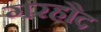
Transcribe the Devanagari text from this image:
गरहौद